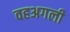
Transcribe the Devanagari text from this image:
वहअगली